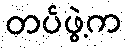
တပ်ဖွဲ့က